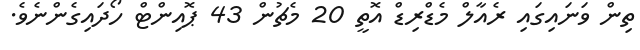
ތިން ވަނައިގައި ރެއާލް މެޑްރިޑް އޮތީ 20 މެޗުން 43 ޕޮއިންޓް ހޯދައިގެންނެވެ.